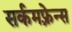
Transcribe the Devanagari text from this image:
सर्कमफ़्रेन्स